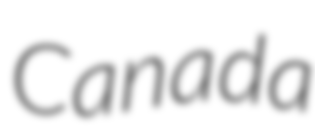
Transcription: Canada